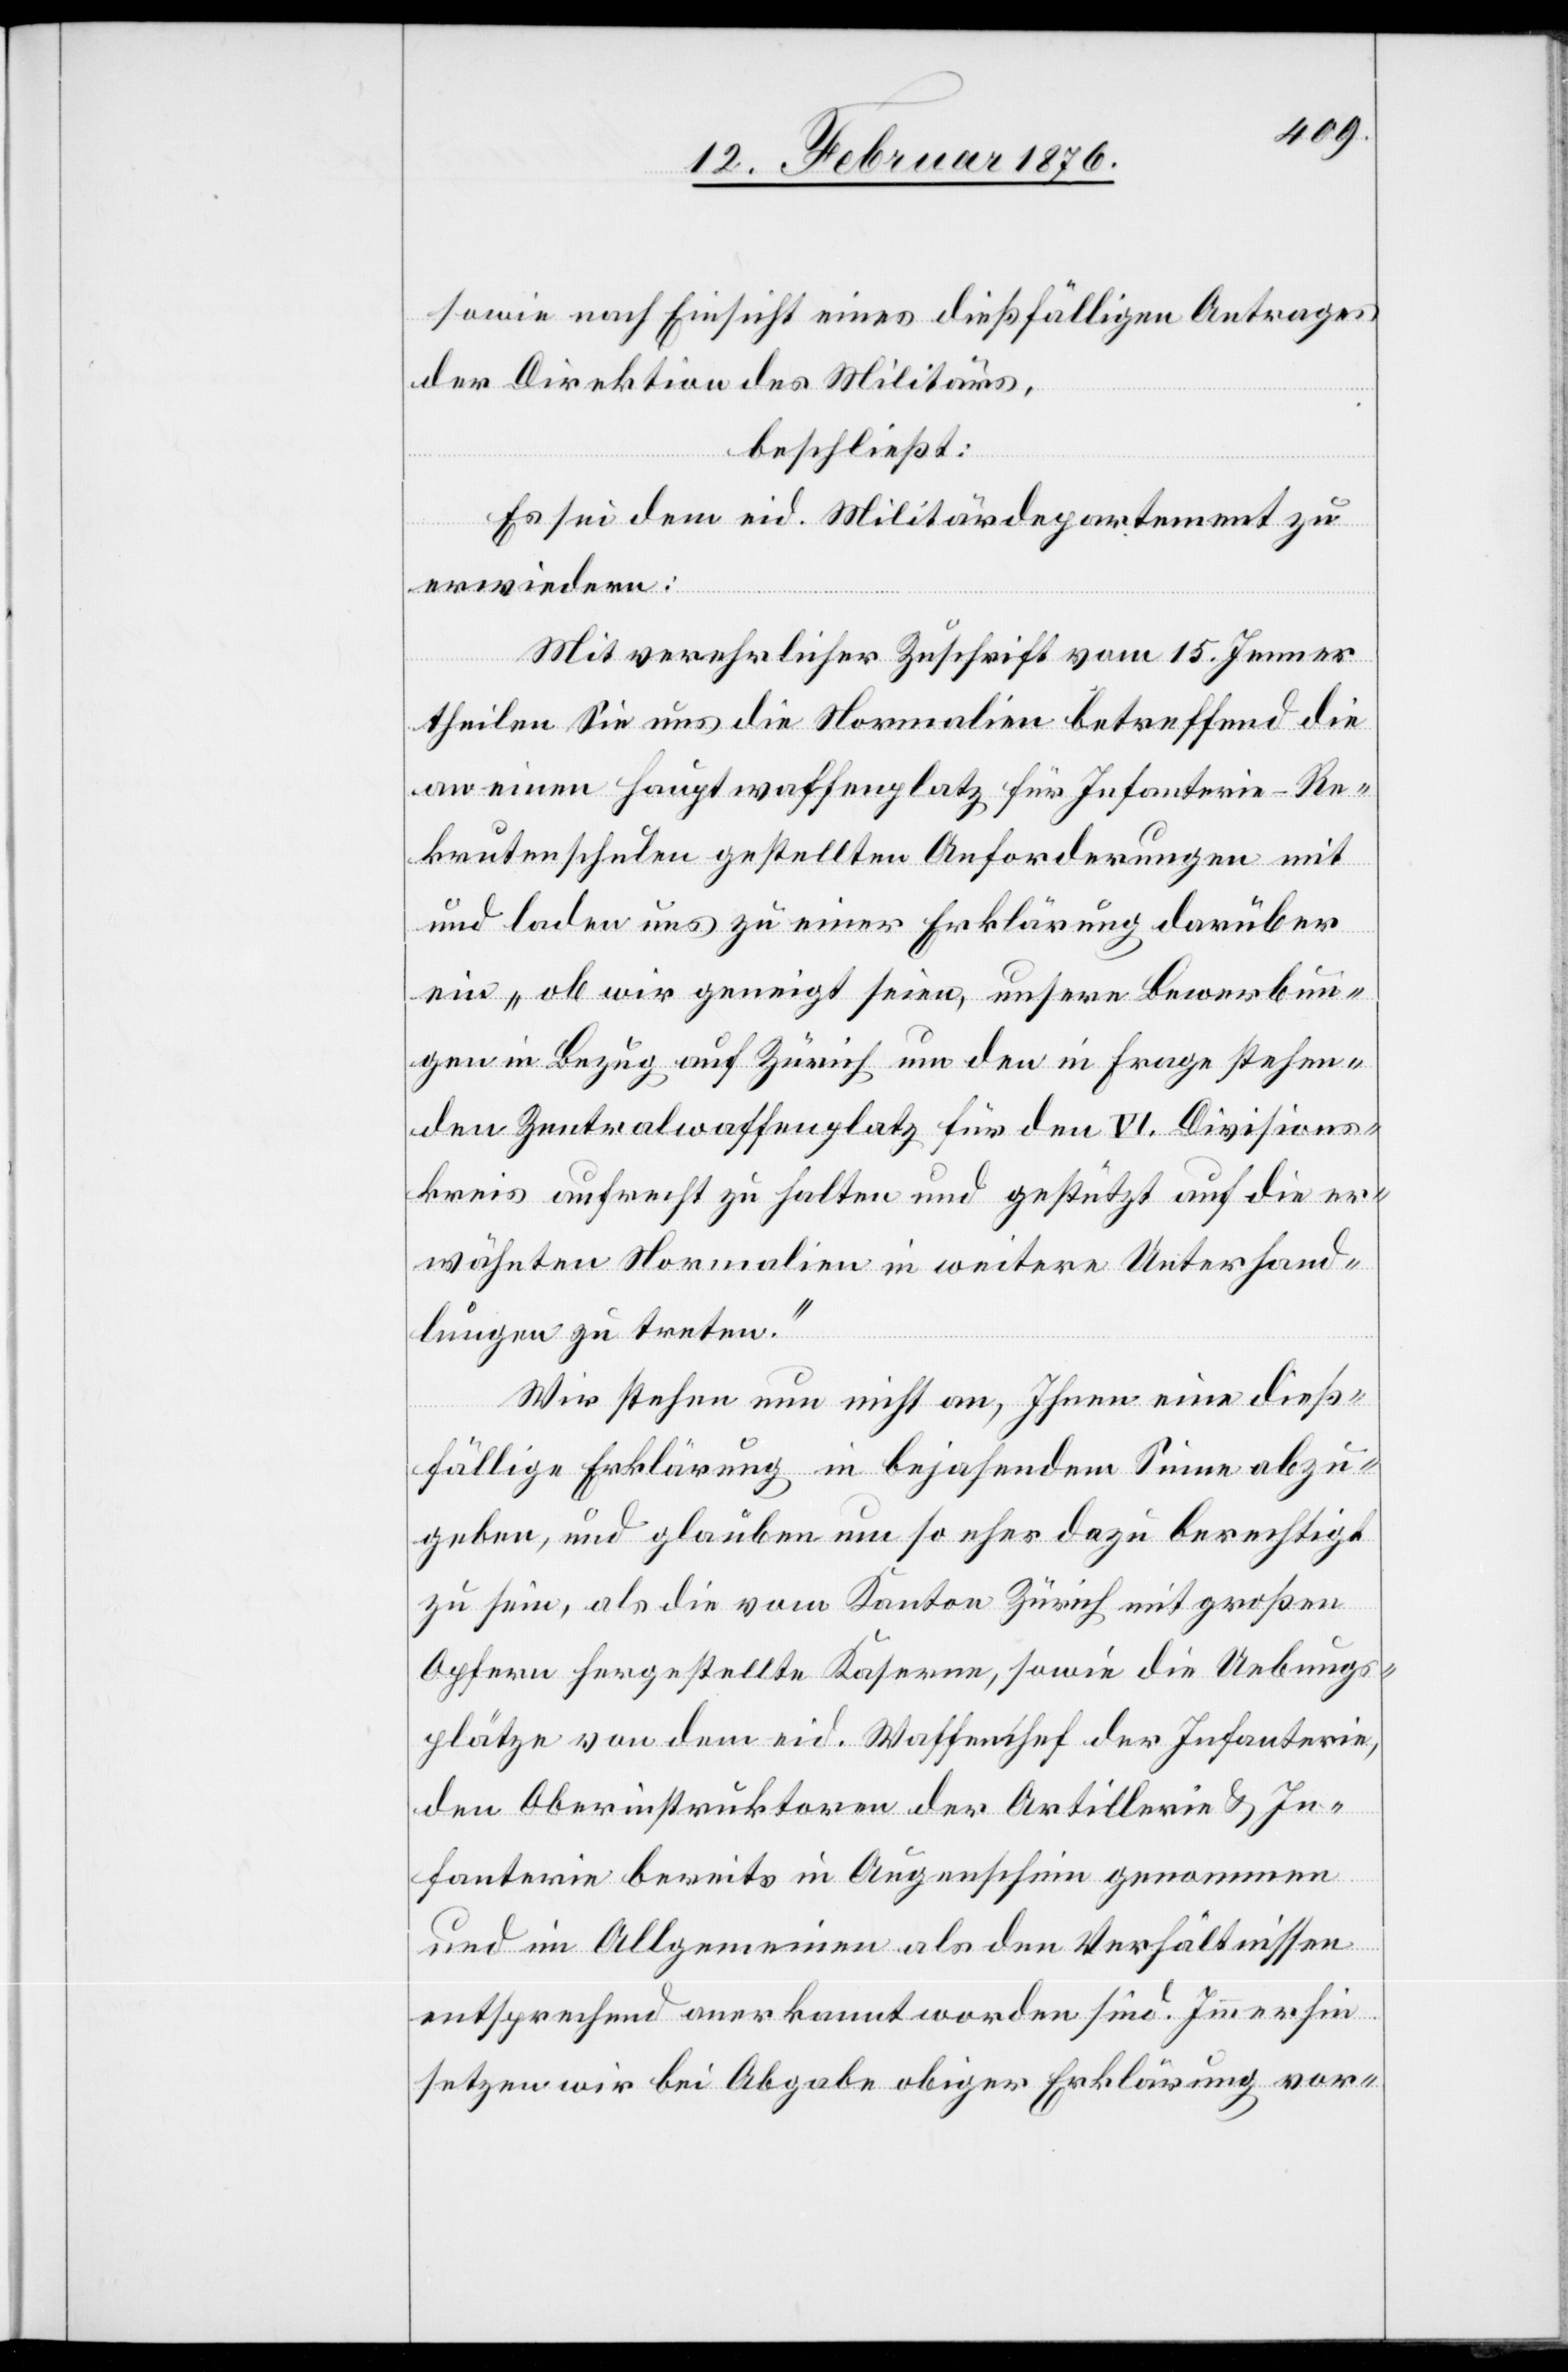
sowie nach Einsicht eines dießfälligen Antrages
der Direktion des Militärs,
beschließt:
Es sei dem eid. Militärdepartement zu
erwiedern:
Mit verehrlicher Zuschrift vom 15. Jenner
theilen Sie uns die Normalien betreffend die
an einen Hauptwaffenplatz für Infanterie-Re¬
krutenschulen gestellten Anforderungen mit
und laden uns zu einer Erklärung darüber
ein „ob wir geneigt seien, unseren Bewerbun¬
gen in Bezug auf Zürich um den in Frage stehen¬
den Zentralwaffenplatz für den VI. Divisions¬
kreis aufrecht zu halten und gestützt auf die er¬
wähnten Normalien in weitere Unterhand¬
lungen zu treten.“
Wir stehen nun nicht an, Ihnen eine dieß¬
fällige Erklärung in bejahendem Sinne abzu¬
geben, und glauben um so eher dazu berechtigt
zu sein, als die vom Kanton Zürich mit großen
Opfern hergestellte Kaserne, sowie die Uebungs¬
plätze von dem eid. Waffenchef der Infanterie,
den Oberinstruktoren der Artillerie & In¬
fanterie bereits in Augenschein genommen
und im Allgemeinen als den Verhältnissen
entsprechend anerkannt worden sind. Immerhin
setzen wir bei Abgabe obiger Erklärung vor-